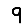
Digit: 9